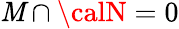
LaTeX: {\cal\mathit{M}}\cap{\calN}=0